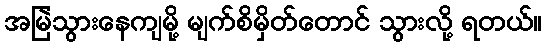
အမြဲသွားနေကျမို့ မျက်စိမှိတ်တောင် သွားလို့ ရတယ်။